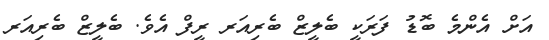
އަށް އެންމެ ބޮޑު ފަރަކީ ބެލީޒް ބެރިއަރ ރީފް އެވެ. ބެލީޒް ބެރިއަރ